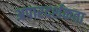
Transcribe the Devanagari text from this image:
अपारदर्शकता